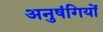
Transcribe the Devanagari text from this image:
अनुषंगियों